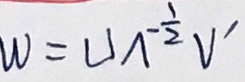
$w = U ^ { \frac { 1 } { 2 } } V ^ { \prime }$